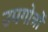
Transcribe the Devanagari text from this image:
उपगोत्रों